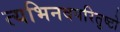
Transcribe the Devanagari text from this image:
त्यभिनवपरितुष्टो